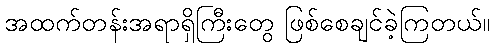
အထက်တန်းအရာရှိကြီးတွေ ဖြစ်စေချင်ခဲ့ကြတယ်။